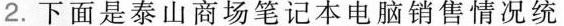
2.下面是泰山商场笔记本电脑销售情况统